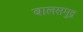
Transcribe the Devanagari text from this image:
बालसमुद्र